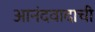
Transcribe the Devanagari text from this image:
आनंदवादाची